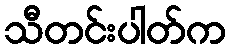
သီတင်းပါတ်က